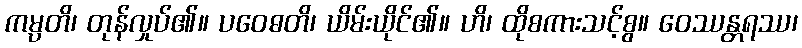
ကမ္ပတိ၊ တုန်လှုပ်၏။ ပဝေဓတိ၊ ယိမ်းယိုင်၏။ ဟိ၊ ထိုစကားသင့်စွ။ ဝေဿန္တရဿ၊